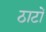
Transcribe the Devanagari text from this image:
ठाटों